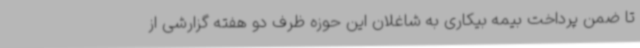
تا ضمن پرداخت بیمه بیکاری به شاغلان این حوزه ظرف دو هفته گزارشی از